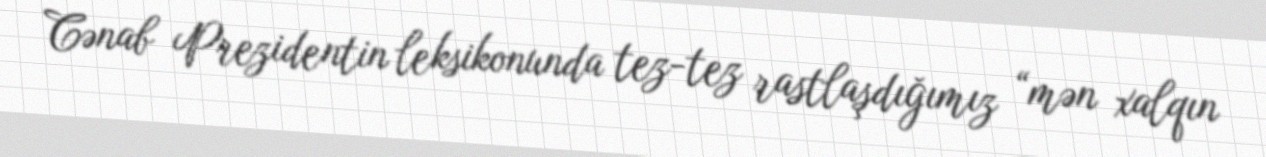
Cənab Prezidentin leksikonunda tez-tez rastlaşdığımız “mən xalqın